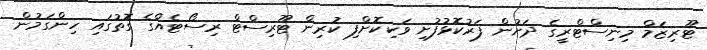
ޓޫރިޒަމް މިނިސްޓްރީގެ ދަށުން ފަރުކޮޅުފުށި ވަކިކޮށްފި ކުރިން ޓޫރިސްޓް ރިސޯޓެއްގެ ގޮތުގައި ހިންގަމުން